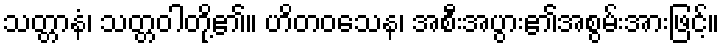
သတ္တာနံ၊ သတ္တဝါတို့၏။ ဟိတဝသေန၊ အစီးအပွား၏အစွမ်းအားဖြင့်။